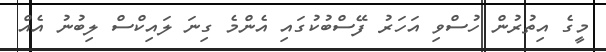
މީގެ އިތުރުން ހުސްވި އަހަރު ފޭސްބުކުގައި އެންމެ ގިނަ ލައިކްސް ލިބުނު އެއް